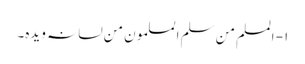
۱- المسلم من سلم المسلمون من لسانہ ویدہ۔